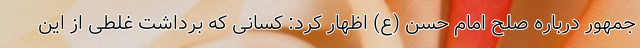
جمهور درباره صلح امام حسن (ع) اظهار کرد: کسانی که برداشت غلطی از این